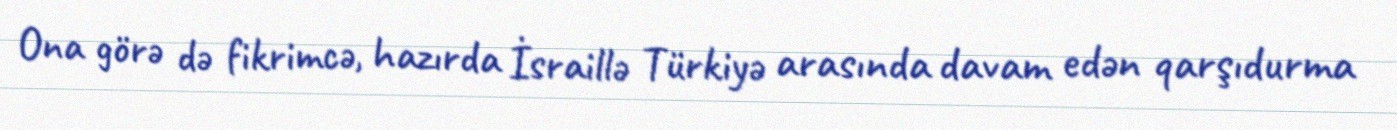
Ona görə də fikrimcə, hazırda İsraillə Türkiyə arasında davam edən qarşıdurma